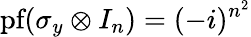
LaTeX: {\textrm{pf}}(\sigma_{y}\otimes I_{n})=(-i)^{n^{2}}